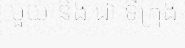
មួយ និង ជា ទីក្រុង